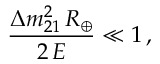
\frac { \Delta { m } _ { 2 1 } ^ { 2 } \, R _ { \oplus } } { 2 \, E } \ll 1 \, ,